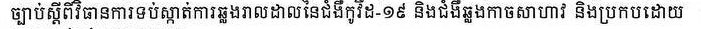
ច្បាប់ស្ដីពីវិធានការទប់ស្កាត់ការឆ្លងរាលដាលនៃជំងឺកូវីដ-១៩ និងជំងឺឆ្លងកាចសាហាវ និងប្រកបដោយ